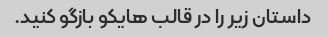
داستان زیر را در قالب هایکو بازگو کنید.